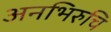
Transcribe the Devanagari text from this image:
अनभिरुचि